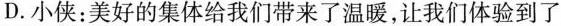
D.小侠：美好的集体给我们带来了温暖，让我们体验到了